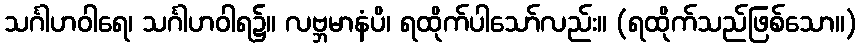
သင်္ဂါဟဝါရေ၊ သင်္ဂါဟဝါရ၌။ လဗ္ဘမာနံပိ၊ ရထိုက်ပါသော်လည်း။ (ရထိုက်သည်ဖြစ်သော။)